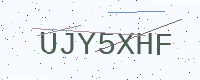
Text: UJY5XHF